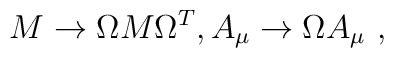
M \rightarrow \Omega M \Omega^T, A_\mu \rightarrow \Omega A_\mu{}~,